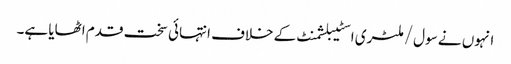
انہوں نے سول/ملٹری اسٹیبلشمنٹ کے خلاف انتہائی سخت قدم اٹھایا ہے۔